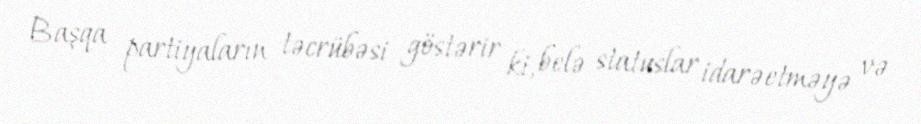
Başqa partiyaların təcrübəsi göstərir ki, belə statuslar idarəetməyə və